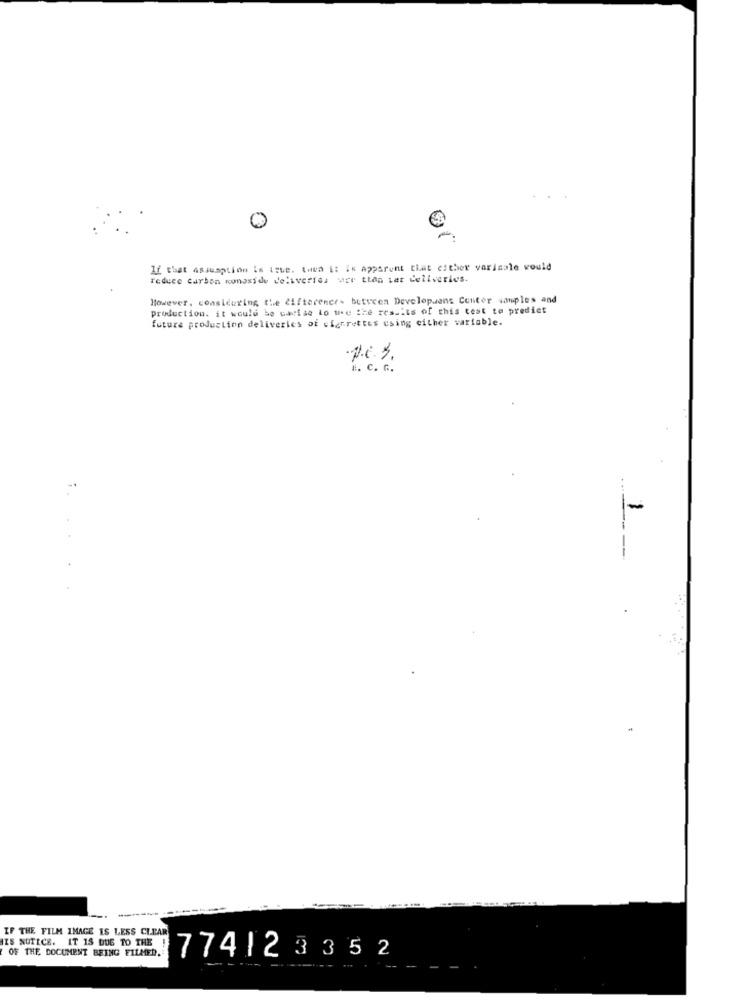
0
If that Assumption is true. tava i: IN Apparent that either varisale would
reduce carbon monoxide deliveries are than ter deliveries.
However, considering the difference between Developuens Conter samples and
Production. it would be patise Lo we the results of this test to predict
future production deliveries of cigarettes csing either variable.
H. C. G.
IF THE FILM IMAGE IS LESS CLEAR
IS NOTICE. IT 15 DUE TO THE
OF THE DOCUMENT BEING FILMED.
774123 35 2